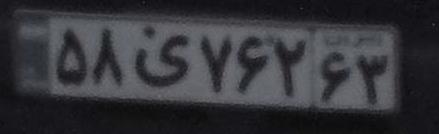
۵۸ی۷۶۲۶۳